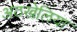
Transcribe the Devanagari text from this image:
अठखेलिया